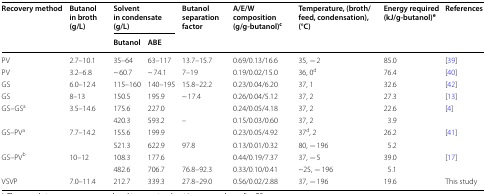
| <ROWSPAN=2> Recovery method | <ROWSPAN=2> Butanol in broth (g/L) | <COLSPAN=2> Solvent in condensate (g/L) | <ROWSPAN=2> Butanol separation factor | <ROWSPAN=2> A/E/W composition (g/g-butanol)c | <ROWSPAN=2> Temperature, (broth/feed, condensation), (°C) | <ROWSPAN=2> Energy required (kJ/g-butanol)e | <ROWSPAN=2> References |
 | Butanol | ABE |
 | --- | --- | --- | --- | --- | --- | --- | --- | --- |
 | PV | 2.7–10.1 | 35–64 | 63–117 | 13.7–15.7 | 0.69/0.13/16.6 | 35, − 2 | 85.0 | [39] |
 | PV | 3.2–6.8 | ~ 60.7 | ~ 74.1 | 7–19 | 0.19/0.02/15.0 | 36, 0d | 76.4 | [40] |
 | GS | 6.0–12.4 | 115–160 | 140–195 | 15.8–22.2 | 0.23/0.04/6.20 | 37, 1 | 32.6 | [42] |
 | GS | 8–13 | 150.5 | 195.9 | ~ 17.4 | 0.26/0.04/5.12 | 37, 2 | 27.3 | [13] |
 | GS–GSa | 3.5–14.6 | 175.6 | 227.0 |  | 0.24/0.05/4.18 | 37, 2 | 22.6 | <ROWSPAN=2> [4] |
 |  |  | 420.3 | 593.2 | – | 0.15/0.03/0.60 | 37, 2 | 3.9 |
 | GS–PVa | 7.7–14.2 | 155.6 | 199.9 |  | 0.23/0.05/4.92 | 37d, 2 | 26.2 | <ROWSPAN=2> [41] |
 |  |  | 521.3 | 622.9 | 97.8 | 0.13/0.01/0.32 | 80, − 196 | 5.2 |
 | GS–PVb | 10–12 | 108.3 | 177.6 |  | 0.44/0.19/7.37 | 37, − 5 | 39.0 | <ROWSPAN=2> [17] |
 |  |  | 482.6 | 706.7 | 76.8–92.3 | 0.33/0.10/0.41 | ~25, − 196 | 5.1 |
 | VSVP | 7.0–11.4 | 212.7 | 339.3 | 27.8–29.0 | 0.56/0.02/2.88 | 37, − 196 | 19.6 | This study |